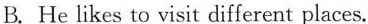
B. He likes to visit different places.